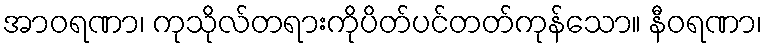
အာဝရဏာ၊ ကုသိုလ်တရားကိုပိတ်ပင်တတ်ကုန်သော။ နီဝရဏာ၊